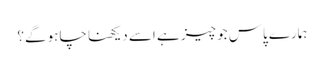
ہمارے پاس جو چیز ہے اسے دیکھنا چاہو گے؟